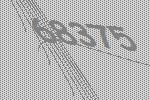
68375